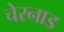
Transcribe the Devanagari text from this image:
चेरनाड